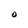
Character: O